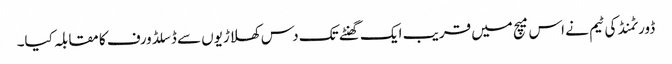
ڈورٹمنڈ کی ٹیم نے اس میچ میں قریب ایک گھنٹے تک دس کھلاڑیوں سے ڈسلڈورف کا مقابلہ کیا۔